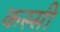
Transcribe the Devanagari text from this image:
कस्सी